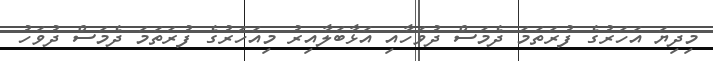
މިިދިޔަ އަހަރުގެ ފުރަތަމަ ދެމަސް ދުވަހާއި އަޅާބަލާއިރު މިއަހަރުގެ ފުރަތަމަ ދެމަސް ދުވަހު